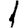
Digit: 1